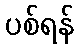
ပစ်ရန်